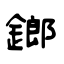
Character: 鎯